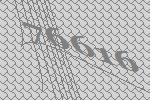
76616